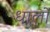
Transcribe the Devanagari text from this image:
धालों